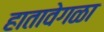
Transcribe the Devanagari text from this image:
हातावेगळा